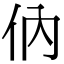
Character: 㐻